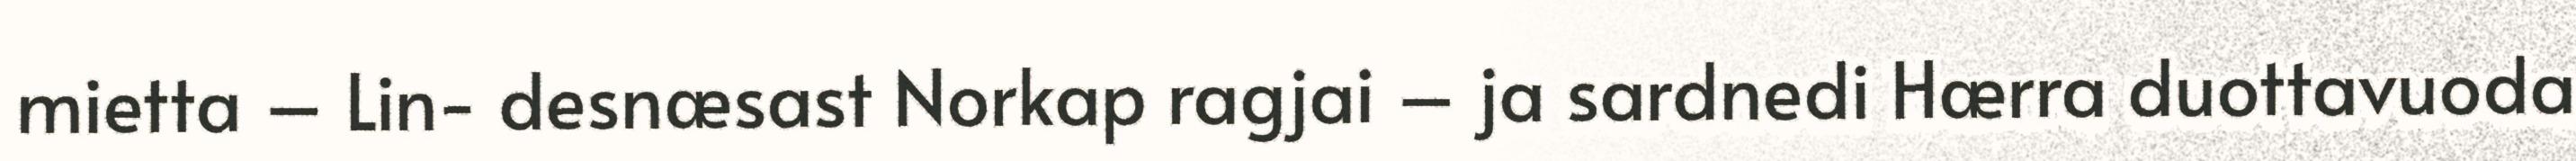
mietta – Lin- desnæsast Norkap ragjai – ja sardnedi Hærra duottavuoda